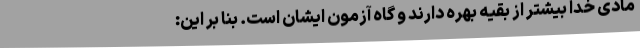
مادی خدا بیشتر از بقیه بهره دارند و گاه آزمون ایشان است. بنا بر این: